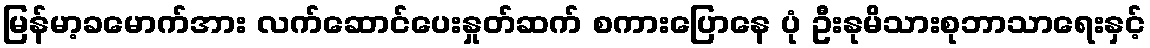
မြန်မာ့ခမောက်အား လက်ဆောင်ပေးနှုတ်ဆက် စကားပြောနေ ပုံ ဦးနုမိသားစုဘာသာရေးနှင့်